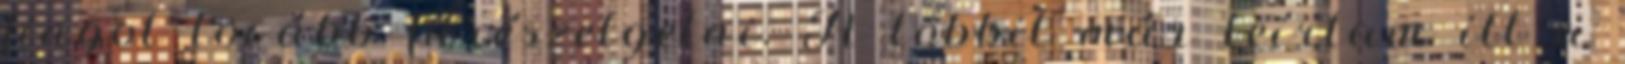
fingot tovább fűrészelgetni. A többit már leírtam itt a